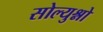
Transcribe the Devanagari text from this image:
सोल्युश्नो